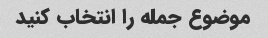
موضوع جمله را انتخاب کنید